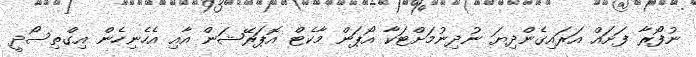
ނުފޯރާ ފަށައް އަރައިގެންދިޔަ ނުދިނުމަށްޓަކާ އޯޕަން މާކެޓް އޮޕަރޭޝަން އާއި އެހެނިހެން އިގްތިސޯދީ